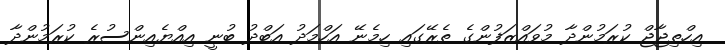
އިހްތިޖާޖް ކުރަމުންދާ މުވައްޒަފުންގެ ތެރޭގައި ހިމެނޭ އަހްމަދު އަބްދު ބުނީ އިއްޔެއިންސުރެ ކުރަމުންދާ